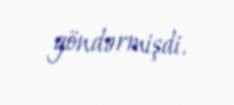
göndərmişdi.